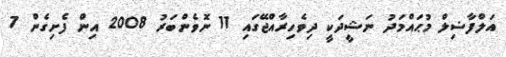
އަލްފާޟިލް މުޙައްމަދު ނަޝީދަކީ ދިވެހިރާއްޖޭގައި 11 ނޮވެންބަރު 2008 އިން ފެށިގެން 7